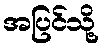
အပြင်သို့